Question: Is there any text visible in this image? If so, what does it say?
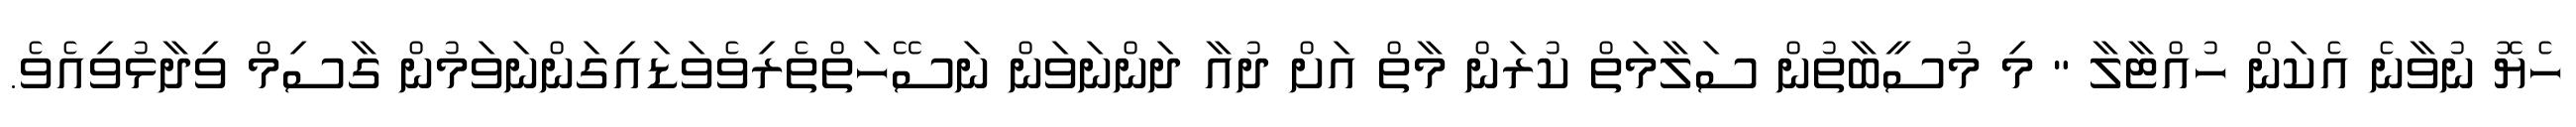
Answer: ހެޔޮ ނުވާނެ އެކަން ހުއްޓާލާ " މި މުސީބާތުން ސަލާމަތް ކުރަން މާތް އަށް ދުއާ ދަންނަވަން ނަސޭހަތްތެރިވެވަޑައިގަންނަވަމުން ގާސިމް ވިދާޅުވިއެވެ.